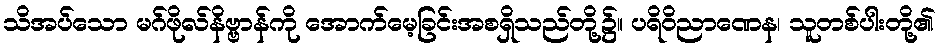
သိအပ်သော မဂ်ဖိုလ်နိဗ္ဗာန်ကို အောက်မေ့ခြင်းအစရှိသည်တို့၌။ ပရိဝိညာဏေန၊ သူတစ်ပါးတို့၏